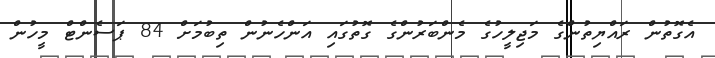
އެގޮތުން ރައްޔިތުންގެ މަޖިލީހުގެ މެންބަރުންގެ ގޮތުގައި އަންހެނުން ތިބުމަށް 84 ޕަސެންޓް މީހުން